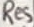
Text: Res